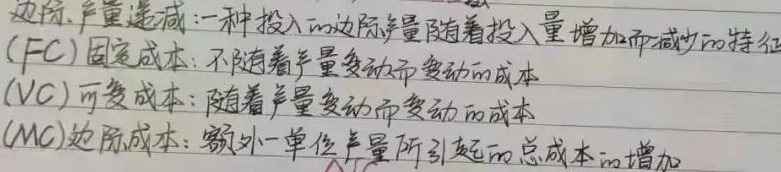
边际产量递减：一种投入的边际产量随着投入量增加而减少的特征
(FC)固定成本：不随着产量变动而变动的成本
(VC)可变成本：随着产量变动而变动的成本
(MC)边际成本：额外一单位产量所引起的总成本的增加